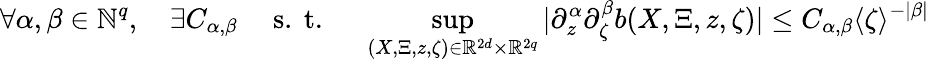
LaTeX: \forall\alpha,\beta\in\mathbb{N}^{q},\quad\exists C_{\alpha,\beta}\quad\mathrm{~s.~t.~}\quad\operatorname*{sup}_{(X,\Xi,z,\zeta)\in\mathbb{R}^{2d}\times\mathbb{R}^{2q}}|\partial_{z}^{\alpha}\partial_{\zeta}^{\beta}b(X,\Xi,z,\zeta)|\leq C_{\alpha,\beta}\langle\zeta\rangle^{-|\beta|}